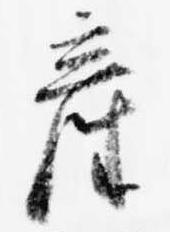
産